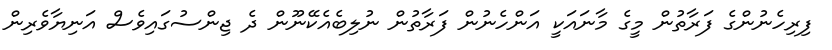
ފިރިހެނުންގެ ފަރާތުން މީގެ މާނައަކީ އަންހެނުން ފަރާތުން ނުލިބެއެކޭނޫން ދެ ޖިންސުގައިވެސް އަނިޔާވެރިން